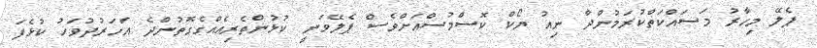
ޕެލޭ މިހާރު މަސައްކަތްކުރަމުންދާ ނިއު ޔޯކް ކޮސްމުސްއަށްވެސް ޕެލޭވަނީ ކުޅުންތެރިއެއްގެގޮތުންދެ އަހަރުދުވަހު ކުޅެފަ